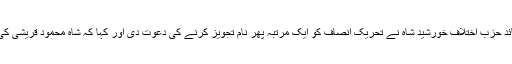
قومی اسمبلی میں قائد حزب اختلاف خورشید شاہ نے تحریک انصاف کو ایک مرتبہ پھر نام تجویز کرنے کی دعوت دی اور کہا کہ شاہ محمود قریشی کی تنقید بلا جواز ہے۔